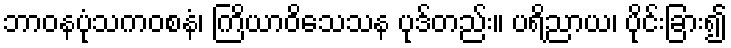
ဘာဝနပုံသကဝစနံ၊ ကြိယာဝိသေသန ပုဒ်တည်း။ ပရိညာယ၊ ပိုင်းခြား၍